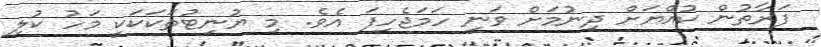
ފަރާތުން ކުއްޔަށް ދިނުމަށް ވަނީ ހަމަޖެހިފަ އެވެ. މި ޔުނިޓުތަކަކަކީ މަހު ކުލި